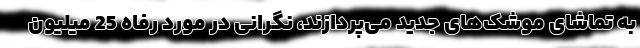
به تماشای موشک‌های جدید می‌پردازند، نگرانی در مورد رفاه 25 میلیون